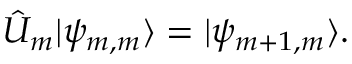
\hat { U } _ { m } | \psi _ { m , m } \rangle = | \psi _ { m + 1 , m } \rangle .